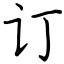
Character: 订